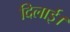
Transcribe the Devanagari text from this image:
दिलार्इ।